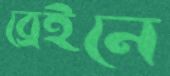
ব্রেইনে